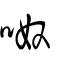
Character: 呶